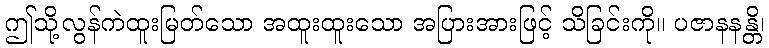
ဤသို့လွန်ကဲထူးမြတ်သော အထူးထူးသော အပြားအားဖြင့် သိခြင်းကို။ ပဇာနနန္တိ၊